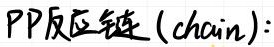
PP反应链 (chain):